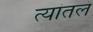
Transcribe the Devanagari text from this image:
त्यांतलं